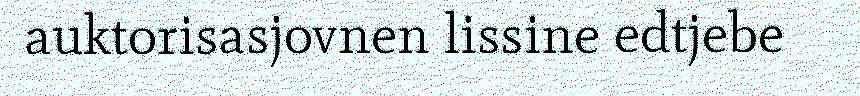
auktorisasjovnen lissine edtjebe